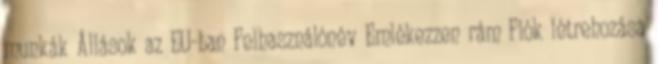
munkák Állások az EU-ban Felhasználónév Emlékezzen rám Fiók létrehozása